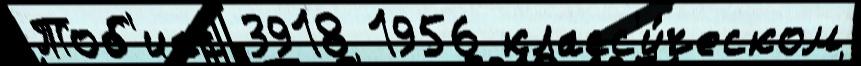
Тоб'иас 3918 1956 класс'и́ческом